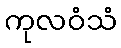
ကုလဝံသံ